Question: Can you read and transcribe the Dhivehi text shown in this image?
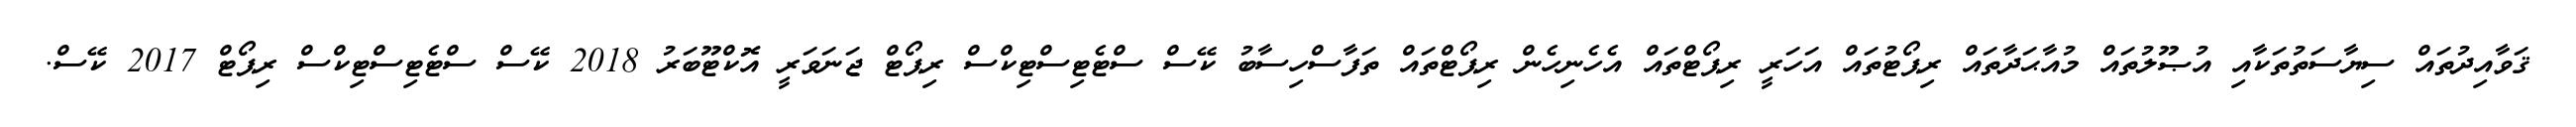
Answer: ޤަވާއިދުތައް ސިޔާސަތުތަކާއި އުޞޫލުތައް މުއާޙަދާތައް ރިޕޯޓުތައް އަހަރީ ރިޕޯޓްތައް އެހެނިހެން ރިޕޯޓްތައް ތަފާސްހިސާބު ކޭސް ސްޓެޓިސްޓިކްސް ރިޕޯޓް ޖަނަވަރީ އޮކްޓޫބަރު 2018 ކޭސް ސްޓެޓިސްޓިކްސް ރިޕޯޓް 2017 ކޭސް.